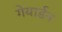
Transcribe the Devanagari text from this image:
गेयार्डन